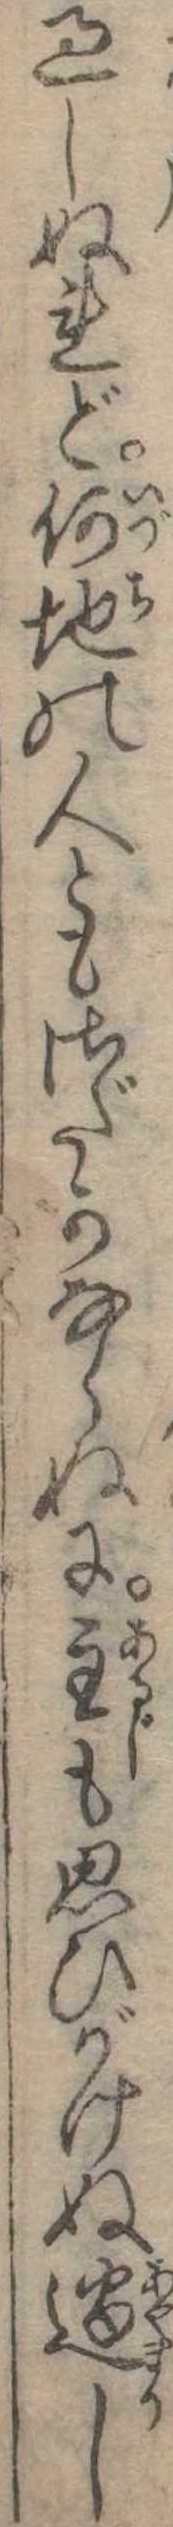
過しぬれど何地の人ともさだかならぬに主も思ひがけぬ過し